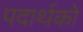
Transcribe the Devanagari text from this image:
पदार्थको